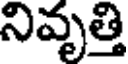
నివృత్తి